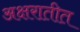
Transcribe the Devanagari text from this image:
अक्षरातीत